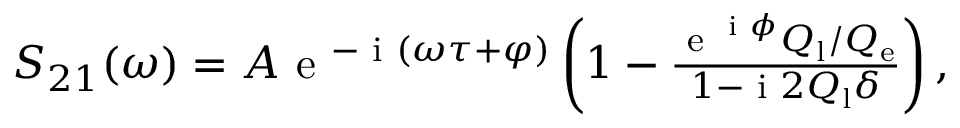
\begin{array} { r } { S _ { 2 1 } ( \omega ) = A \textrm { e } ^ { - \textrm { i } ( \omega \tau + \varphi ) } \left( 1 - \frac { \textrm { e } ^ { \textrm { i } \phi } Q _ { \mathrm { l } } / Q _ { \mathrm { e } } } { 1 - \textrm { i } 2 Q _ { \mathrm { l } } \delta } \right) , } \end{array}